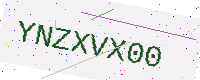
Text: YNZXVX00